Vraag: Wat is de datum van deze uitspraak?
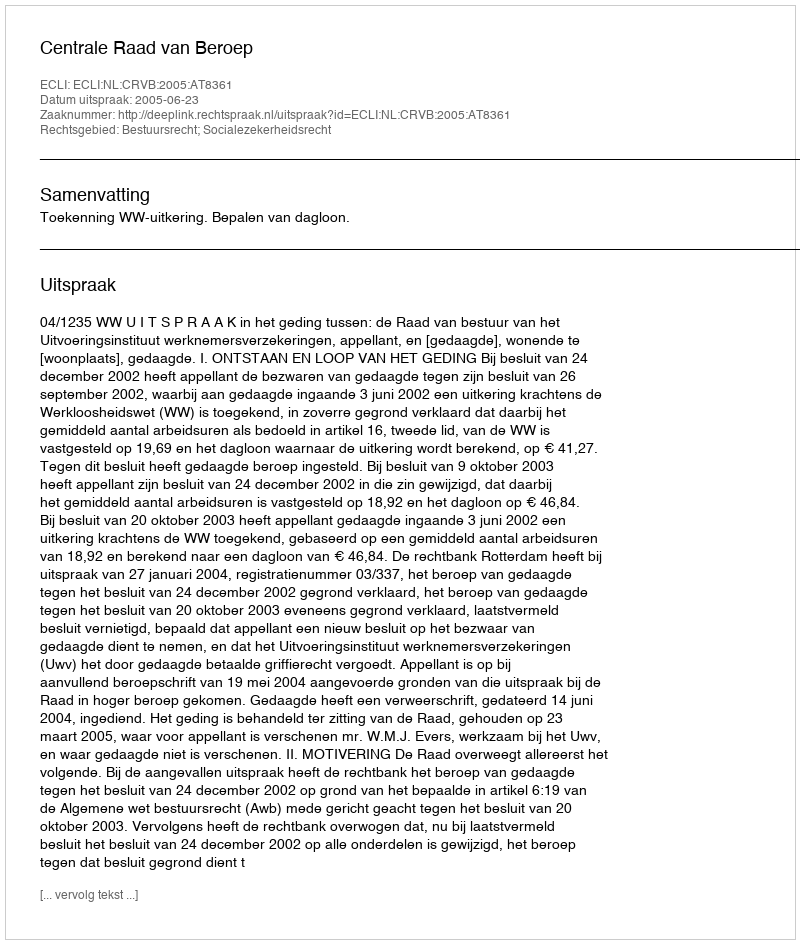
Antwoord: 2005-06-23